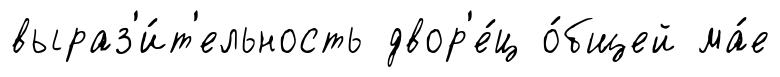
выраз'и́т'ельность двор'е́ц о́бщей ма́е